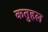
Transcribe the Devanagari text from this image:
कतुहल